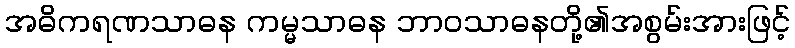
အဓိကရဏသာဓန ကမ္မသာဓန ဘာဝသာဓနတို့၏အစွမ်းအားဖြင့်